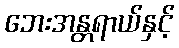
ဘေးအန္တရာယ်နှင့်